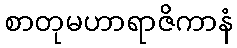
စာတုမဟာရာဇိကာနံ